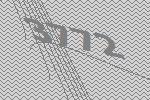
3772